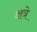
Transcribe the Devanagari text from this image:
क्षत्रे